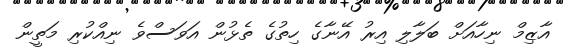
އާޒިމް ނިހާއަށް ބަލާލި އިރު އޭނާގެ ހިތުގެ ތެޅުން އަވަސްވެ ނިއްކުރި މަތީން